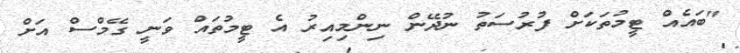
"ބައެއް ޓީމުތަކަށް ފުރުސަތު ނުދޭން ނިންމިއިރު އެ ޓީމުތައް ވަނީ ގޭމްސް އަށް